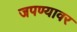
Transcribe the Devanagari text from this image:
जपण्यावर